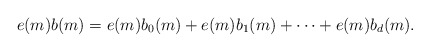
\begin{align*}e(m) b(m) = e(m) b_0(m) + e(m) b_1(m) + \dotsb + e(m) b_d(m).\end{align*}